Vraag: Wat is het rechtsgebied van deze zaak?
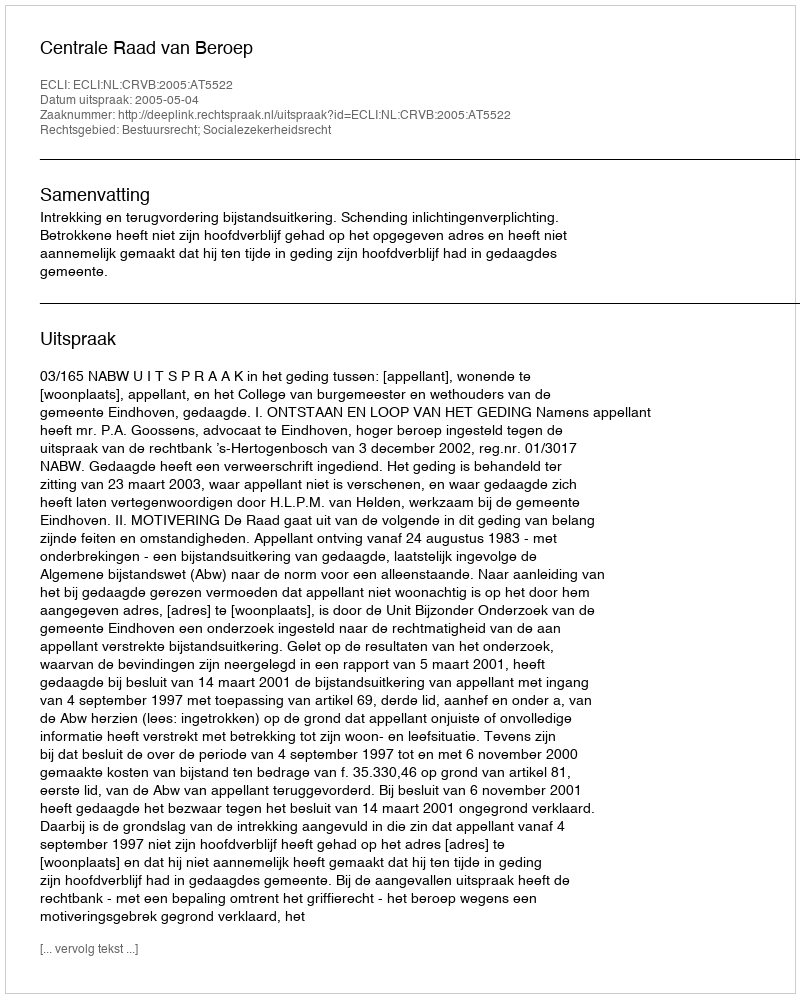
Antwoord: Bestuursrecht; Socialezekerheidsrecht